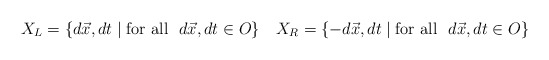
\begin{align*}X_{L}=\{d\vec{x}, dt\; |\; \mbox{for all}~~ d\vec{x},dt\in O\}~~~X_{R}=\{-d\vec{x},dt\;|\; \mbox{for all}~~ d\vec{x},dt\in O\}\end{align*}